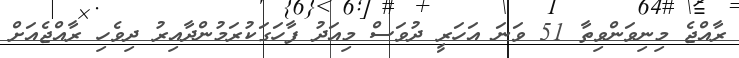
ރާއްޖެ މިނިވަންވިތާ 51 ވަނަ އަހަރީ ދުވަސް މިއަދު ފާހަގަކުރަމުންދާއިރު ދިވެހި ރާއްޖެއަށް